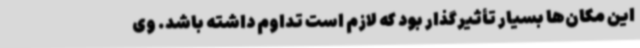
این مکان‌ها بسیار تأثیرگذار بود که لازم است تداوم داشته باشد. وی